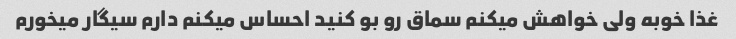
غذا خوبه ولی خواهش میکنم سماق رو بو کنید احساس میکنم دارم سیگار میخورم